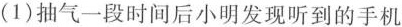
(1)抽气一段时间后小明发现听到的手机